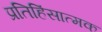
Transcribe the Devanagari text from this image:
प्रतिहिंसात्मक